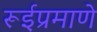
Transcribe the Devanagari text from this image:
रूईप्रमाणे